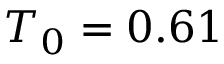
T _ { 0 } = 0 . 6 1